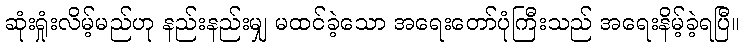
ဆုံးရှုံးလိမ့်မည်ဟု နည်းနည်းမျှ မထင်ခဲ့သော အရေးတော်ပုံကြီးသည် အရေးနိမ့်ခဲ့ရပြီ။